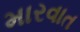
મારવાત